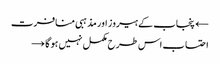
← پنجاب کے ہیروز اور مذہبی منافرت
احتساب اس طرح مکمل نہیں ہو گا →